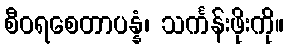
စီဝရစေတာပန္နံ၊ သင်္ကန်းဖိုးကို။